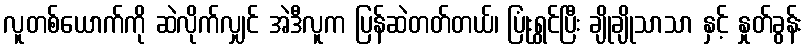
လူတစ်ယောက်ကို ဆဲလိုက်လျှင် အဲဒီလူက ပြန်ဆဲတတ်တယ်၊ ပြုံးရွှင်ပြီး ချိုချိုသာသာ နှင့် နှုတ်ခွန်း